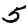
Digit: 5